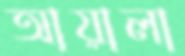
আয়ালা